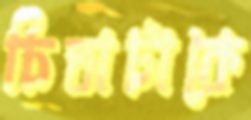
চিতাটাকে